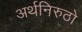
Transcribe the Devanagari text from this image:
अर्थनिरुठो